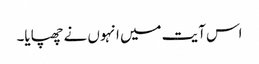
اس آیت میں انہوں نے چھپایا۔